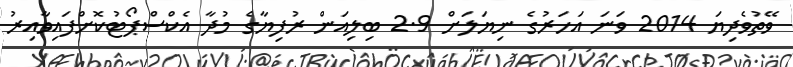
ވޭތުވެދިޔަ 2014 ވަނަ އަހަރުގެ ނިޔަލަށް 2.9 ބިލިއަން ރުފިޔާގެ މުދާ އެކްސްޕޯޓުކޮށްފައިވާއިރު